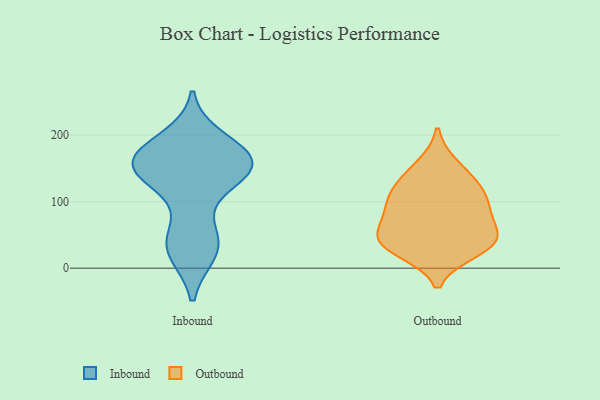
{"axis": {"x": "Backlog", "y": "Value"}, "legend": ["Inbound", "Outbound"], "data": [{"x": "", "y": 191, "type": "Inbound"}, {"x": "", "y": 26, "type": "Inbound"}, {"x": "", "y": 152, "type": "Inbound"}, {"x": "", "y": 163, "type": "Inbound"}, {"x": "", "y": 134, "type": "Inbound"}, {"x": "", "y": 152, "type": "Inbound"}, {"x": "", "y": 164, "type": "Inbound"}, {"x": "", "y": 145, "type": "Inbound"}, {"x": "", "y": 172, "type": "Inbound"}, {"x": "", "y": 145, "type": "Inbound"}, {"x": "", "y": 167, "type": "Inbound"}, {"x": "", "y": 32, "type": "Inbound"}, {"x": "", "y": 37, "type": "Inbound"}, {"x": "", "y": 45, "type": "Inbound"}, {"x": "", "y": 154, "type": "Outbound"}, {"x": "", "y": 39, "type": "Outbound"}, {"x": "", "y": 121, "type": "Outbound"}, {"x": "", "y": 86, "type": "Outbound"}, {"x": "", "y": 85, "type": "Outbound"}, {"x": "", "y": 99, "type": "Outbound"}, {"x": "", "y": 44, "type": "Outbound"}, {"x": "", "y": 47, "type": "Outbound"}, {"x": "", "y": 127, "type": "Outbound"}, {"x": "", "y": 27, "type": "Outbound"}, {"x": "", "y": 39, "type": "Outbound"}]}